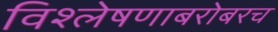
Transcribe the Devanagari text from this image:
विश्लेषणाबरोबरच